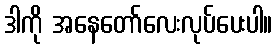
ဒါကို အနေတော်လေးလုပ်ပေးပါ။